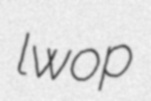
lwop